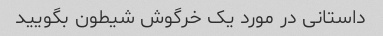
داستانی در مورد یک خرگوش شیطون بگویید